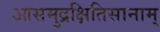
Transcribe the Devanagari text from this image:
आसमुद्रक्षितिसानाम्